Vaccination in Burma 1900-1911 - 1900-1911
Year: 1900
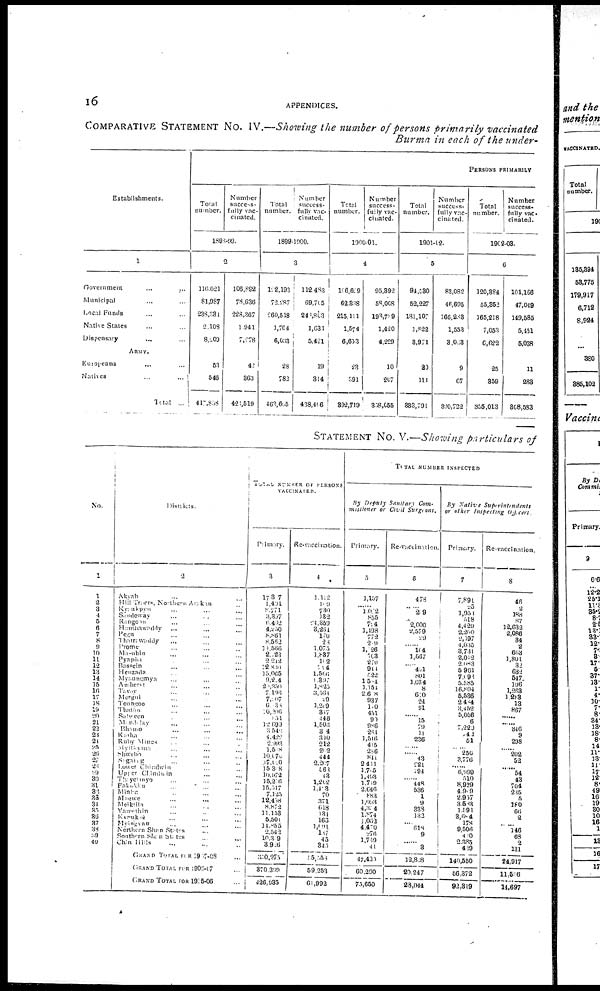
16
APPENDICES.
COMPARATIVE STATEMENT No. IV.—Showing the number of persons primarily vaccinated
Burma in each of the under-
Establishments.
1
Government ... ...
Municipal ... ...
Local Funds ... ...
Native States ... ...
Dispensary ... ...
ARMY.
Europeans ... ...
Natives
...
...
Total ...
PERSONS PRIMARILY
Total
number.
Number
success-
fully vac-
cinated.
1898-99.
2
116,621
81,987
233,331
2,108
8,200
53
546
417,858
106,892
78,636
228,367
1,911
7,278
42
363
423,519
Total
number.
Number
success-
fully vac-
cinated.
1899-1900.
3
112,193
72,287
260,518
1,764
6,033
28
782
463,605
112,483
69,705
243,803
1,631
5,421
19
314
438,406
Total
number.
Number
success-
fully vac-
cinated.
1900-01.
4
106,629
62,838
215,111
1,574
6,653
23
391
892,719
95.392
58,008
198,789
1,420
4,229
10
207
358,055
Total
number.
Number
success-
fully vac-
cinated.
1901-02.
5
94,580
52,227
181,107
1,822
3,971
20
111
333,791
83,082
46,695
166,288
1,553
3,033
9
67
300,722
Total
number.
Number
success-
fully vac-
cinated.
1902-03.
6
120,384
55,352
165,218
7,053
6,622
25
859
355,013
101,166
47,049
149,585
5,451
5,038
11
283
808,583
STATEMENT No. V.—Showing particulars of
No.
1
1
2
3
4
5
6
7
8
9
10
11
12
13
14
15
16
17
18
19
20
31
22
24
21
25
20
27
28
29
30
31
32
33
34
35
36
37
38
39
40
Districts.
2
Akyab
...
...
Hill Tracrs, Northern Arakan ...
Kyaukpyu ... ... ...
Sandeway ... ... ...
Rangoon ... ... ...
Hanthawoddy ... ... ...
Pegu ... ... ...
Tharrawaddy ... ... ...
Prome ... ... ...
Ma-ubin ... ... ...
Pyapôn ... ...
Bassein ... ... ...
Henzada ... ...
Myaungmya ... ... ...
Amherst ... ... ...
Tavay ... ... ...
Mergui ... ...
Toungoo ... ... ...
Thatôn ... ... ...
Salween ... ... ...
Mandday ... ... ...
Bhamo ... ... ...
Kaiha ... ... ...
Ruby Mines ... ... ...
Myithyiua ... ... ...
Shwebo ... ... ...
Sagaing ... ...
Lower Chindwin ... ...
Upper Chindwin ... ...
Thayetmyo ... ... ...
Pakokku ... ... ...
Minhu ... ... ...
Magwe ... ... ...
Meiktila ... ... ...
Yamethin ... ... ...
Kvauksè ... ... ...
Myingvau ... ... ...
Northern Shan States ...
Southern Shan States ... ...
Chin Hills ... ... ...
GRAND TOTAL FOR 1917-08 ...
GRAND TOTAL FOR 1906-07 ...
GRAND TOTAL FOR 1905-06 ...
TOTAL NUMBER OF PERSONS
VACCINATED.
Primary.
3
17.37
1,401
8,771
3,307
6,402
4,250
8,861
8,562
11,566
2,123 2,212
12.820
15,065
9,214
21,350
7,196
7,107
6,138
10.206
851
12 699
3 540
4,422
2,993
1,588
10,076
17,020
15 308
10,972
15,216
15,517
7,125
12,418
8,872
11,153
5,501
14,855
2,542
10,309
3,926
350,975
370,399
426,935
Re-vaccination.
4
1,112
109
730
132
24,359
3,264
170
28
1,075
1,837
102
714
1,566
1,397
1,825
3,561
29
1,209
817
446
1,506
304
310
212
202
444
2,207
563
43
1,202
1,413
70
371
618
134
166
1,091
167
45
345
55,558
59,253
61,992
TOTAL NUMBER INSPECTED
By Deputy Sanitary Com-
missioner or Civil Surgeons.
Primary.
5
1,157
1,072
855
724
1,198
772
219
1,126
703
270
914
522
1,584
1,154
2,608
937
100
451
90
986
284
1,516
415
286
841
2,411
1,705
1,493
1,749
2,646
883
1,093
4,314
1,874
1,062
4,470
276
1,749
41
47,420
60,290
75,650
Re-vaccination.
6
478
.....
259
...
2,000
2,579
29
......
104
1,567
......
401
801
1,034
8
610
24
91
......
15
79
11
236
......
......
43
221
194
......
448
536
1
9
338
132
......
618
9
......
3
12,828
20,247
23,044
By Native
Superintendents
or other Inspecting Officers.
Primary.
7
7,891
25
1,951
518
4,420
2,200
2,197
4,035
3,731
2,012
2,083
5,901
7,093
5,585
16,804
5,536
2,484
3,452
5,056
6
7,229
143
51
......
250
3,776
......
6,999
510
8,929
4,909
2,957
3,583
1,591
3,684
178
9,506
410
2,385
439
140,550
56,372
92,319
Re-vaccination.
8
46
2
188
87
12,632
2,086
34
2
663
1,801
32
632
547
196
1,263
1,283
13
867
......
......
346
9
298
......
202
52
......
54
43
704
235
5
180
66
2
......
146
68
2
131
24,917
11,506
14,697